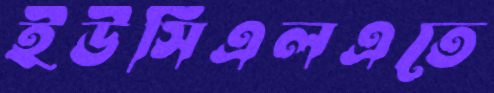
ইউসিএলএতে